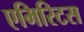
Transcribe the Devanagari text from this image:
एमिरिटस